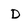
Character: d